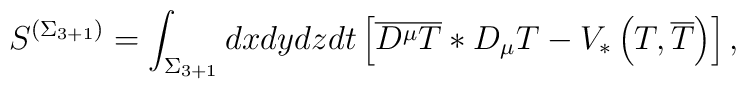
S^{ \left( \Sigma _{3+1} \right) }=\int _{\Sigma _{3+1}}dxdydzdt\left[ \overline{D^{\mu }T}*D_{\mu }T-V_{*}\left( T,\overline{T}\right) \right] ,